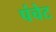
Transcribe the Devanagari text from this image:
पंचेट